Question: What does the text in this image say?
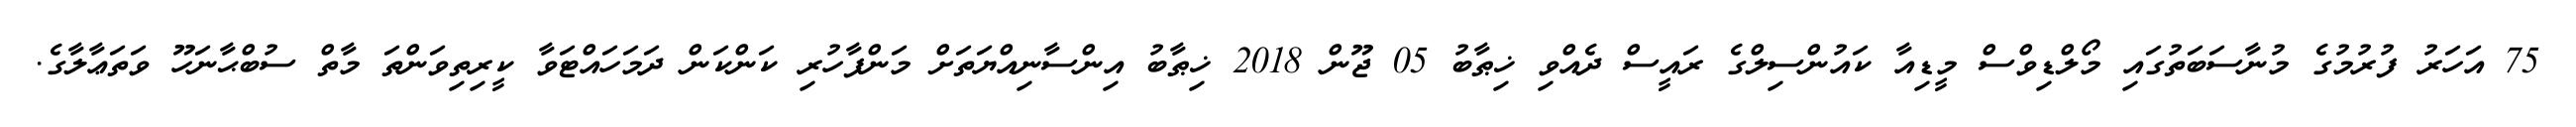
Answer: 75 އަހަރު ފުރުމުގެ މުނާސަބަތުގައި މޯލްޑިވްސް މީޑިއާ ކައުންސިލްގެ ރައީސް ދެއްވި ޚިޠާބު 05 ޖޫން 2018 ޚިޠާބު އިންސާނިއްޔަތަށް މަންފާހުރި ކަންކަން ދަމަހައްޓަވާ ކީރިތިވަންތަ މާތް ސުބްޙާނަހޫ ވަތަޢާލާގެ.